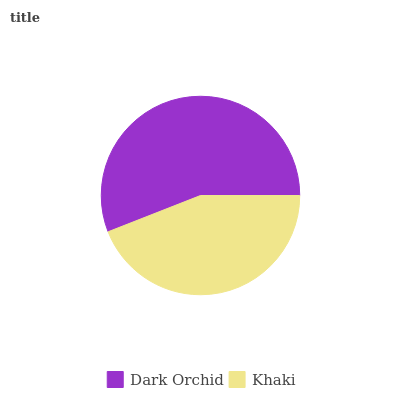
| Dark Orchid | Khaki |
 | --- | --- |
 | 56% | 44% |